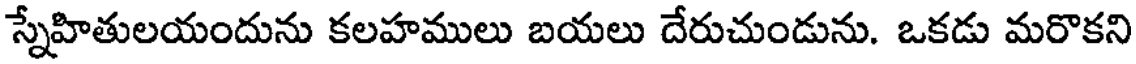
స్నేహితులయందును కలహములు బయలు దేరుచుండును. ఒకడు మరొకని